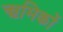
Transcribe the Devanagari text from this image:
ऋमिकों